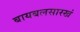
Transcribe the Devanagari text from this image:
बायबलसारखं